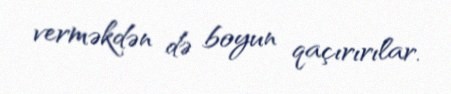
verməkdən də boyun qaçırırılar.